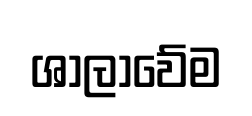
ශාලාවේම